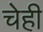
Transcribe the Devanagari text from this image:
चेही